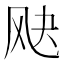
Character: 𬱷